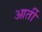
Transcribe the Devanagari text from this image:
आर्ती